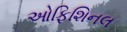
ઓફિશિનલ